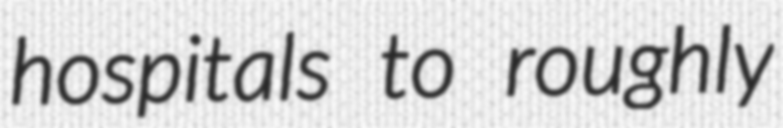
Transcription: hospitals to roughly